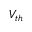
V _ { t h }